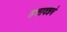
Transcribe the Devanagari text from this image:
सत्तावन्नचे